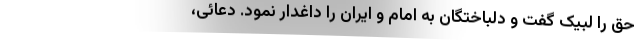
حق را لبیک گفت و دلباختگان به امام و ایران را داغدار نمود. دعائی،